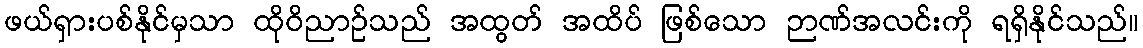
ဖယ်ရှားပစ်နိုင်မှသာ ထိုဝိညာဉ်သည် အထွတ် အထိပ် ဖြစ်သော ဉာဏ်အလင်းကို ရရှိနိုင်သည်။